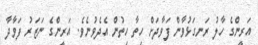
އަރީންގެ ހާލު ރަނގަޅުވާން ފަވާދަށް ހިތާ ހިތުން އެދެވުނެވެ. އަރީންގެ ނަޒަރު ފަވާދާ